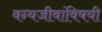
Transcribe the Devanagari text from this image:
वन्यजीवांविषयी